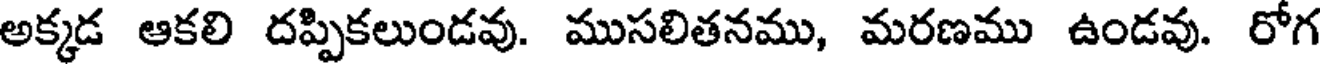
అక్కడ ఆకలి దప్పికలుండవు. ముసలితనము, మరణము ఉండవు. రోగ